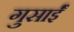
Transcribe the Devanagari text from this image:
गुसाईँ